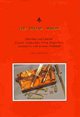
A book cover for The Broad Arrow: British and Empire Factory Production, Proof Inspection, Armours, Unit and Issue Marking; Ian D. Skennerton; Crafts, Hobbies & Home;